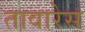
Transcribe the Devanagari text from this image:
तावारेस